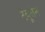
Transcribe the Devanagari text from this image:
टेबूलेन